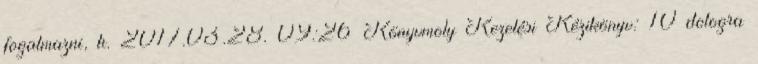
fogalmazni, h. 2017.03.28. 09:26 Könyvmoly Kezelési Kézikönyv: 10 dologra